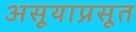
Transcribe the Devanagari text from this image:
असूयाप्रसूत